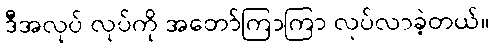
ဒီအလုပ် လုပ်ကို အတော်ကြာကြာ လုပ်လာခဲ့တယ်။